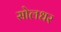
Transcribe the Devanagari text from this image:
सोलधर